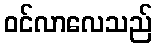
ဝင်လာလေသည်